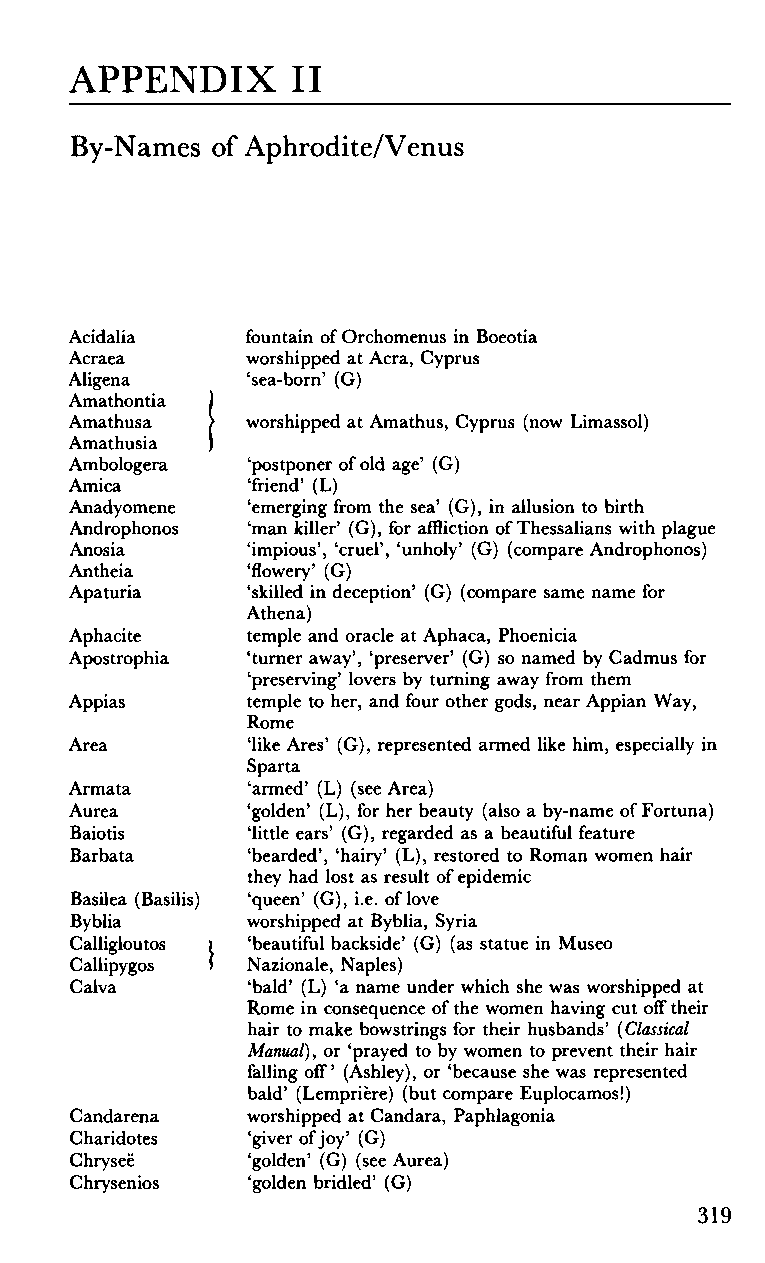
APPENDIX      II
 By-Names of Aphrodite/Venus
 Acidalia   fountain of Orchomenus in Boeotia
 Acraea     worshipped at Acra, Cyprus
 Aligena    'sea-born' (G)
 Amathontia )
 worshipped at Amathus, Cyprus (now Limassol)
 Amathusa )
 Amathusia )
 'postponer of old age' (G)
 Ambologera
 'friend' (L)
 Amica
 'emerging from the sea' (G), in allusion to birth
 Anadyomene
 'man killer' (G), for affliction of Thessalians with plague
 Androphonos
 'impious', 'cruel', 'unholy' (G) (compare Androphonos)
 Anosia
 'flowery' (G)
 Antheia
 'skilled in deception' (G) (compare same name for
 Apaturia
 Athena)
 Aphacite
 temple and oracle at Aphaca, Phoenicia
 Apostrophia
 'turner away', 'preserver' (G) so named by Cadmus for
 'preserving' lovers by turning away from them
 Appias
 temple to her, and four other gods, near Appian Way,
 Area       Rome
 'like Ares' (G), represented armed like him, especially in
 Armata     Sparta
 Aurea      'armed' (L) (see Area)
 Baiotis    'golden' (L), for her beauty (also a by-name of Fortuna)
 Barbata    'little ears' (G), regarded as a beautiful feature
 'bearded', 'hairy' (L), restored to Roman women hair
 Basilea (Basilis) they had lost as result of epidemic
 Byblia     'queen' (G), i.e. of love
 Calligloutos ) worshipped at Byblia, Syria
 Callipygos > 'beautiful backside' (G) (as statue in Museo
 Calva
 Nazionale, Naples)
 'bald' (L) 'a name under which she was worshipped at
 Rome in consequence of the women having cut off their
 hair to make bowstrings for their husbands' {Classical
 Manual), or 'prayed to by women to prevent their hair
 falling off' (Ashley), or 'because she was represented
 Candarena
 Charidotes bald' (Lemprière) (but compare Euplocamos!)
 Chryseë    worshipped at Candara, Paphlagonia
 Chrysenios 'giver of joy' (G)
 'golden' (G) (see Aurea)
 319
 'golden bridled' (G)